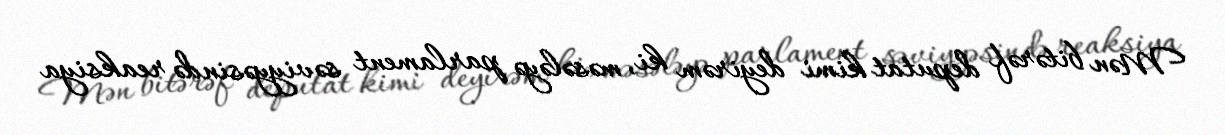
Mən bitərəf deputat kimi deyirəm ki, məsələyə parlament səviyyəsində reaksiya